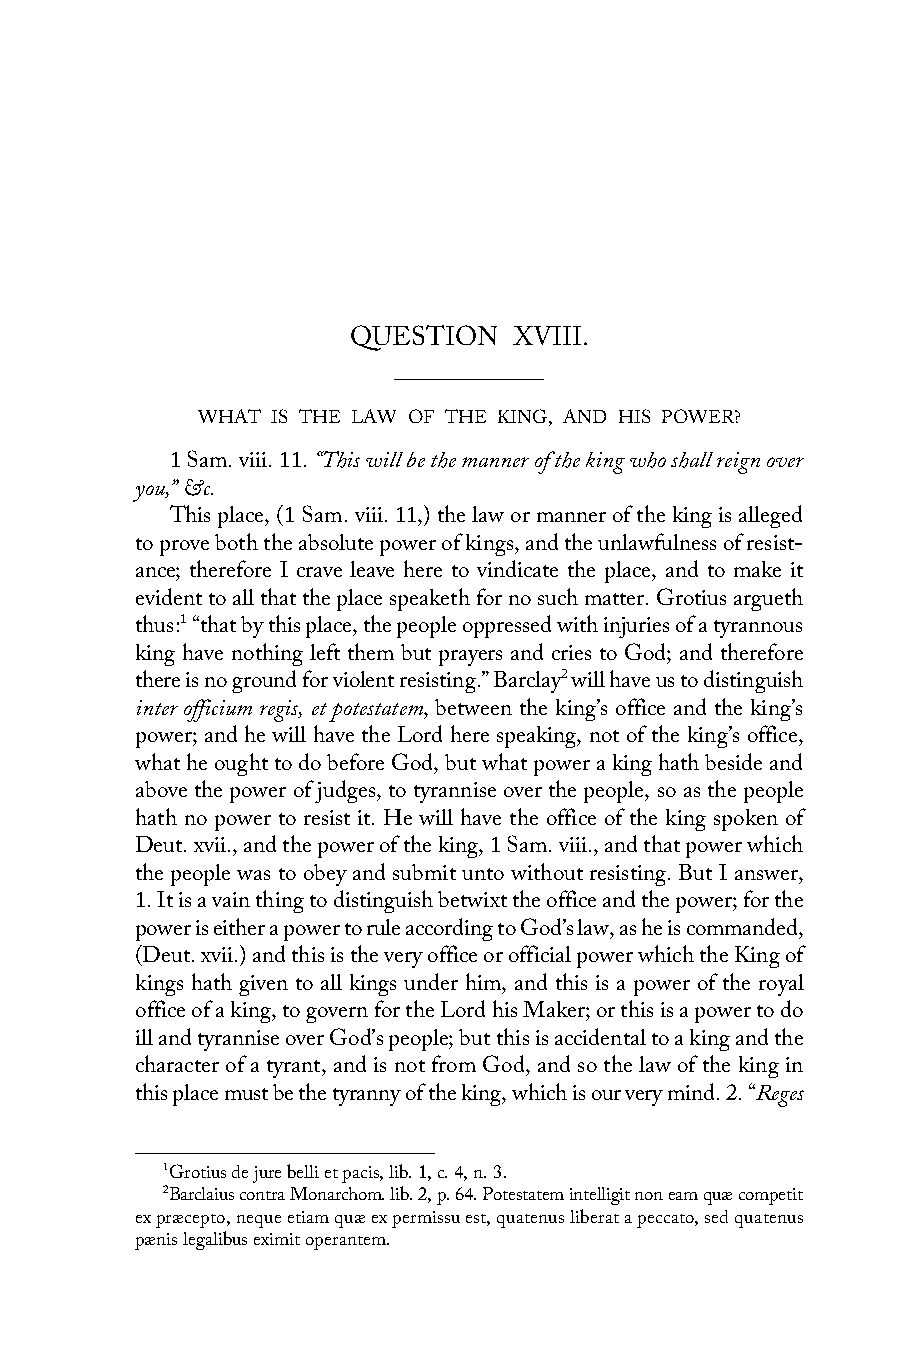
QUESTION   XVIII.
 WHAT IS THE LAW OF THE KING, AND HIS POWER?
 1 Sam. viii. 11. “This will be the manner of the king who shall reign over
 you,” &c.
 This place, (1 Sam. viii. 11,) the law or manner of the king is alleged
 to prove both the absolute power of kings, and the unlawfulness of resist-
 ance; therefore I crave leave here to vindicate the place, and to make it
 evident to all that the place speaketh for no such matter. Grotius argueth
 thus:1 “that by this place, the people oppressed with injuries of a tyrannous
 king have nothing left them but prayers and cries to God; and therefore
 there is no ground for violent resisting.” Barclay2 will have us to distinguish
 inter officium regis, et potestatem, between the king’s office and the king’s
 power; and he will have the Lord here speaking, not of the king’s office,
 what he ought to do before God, but what power a king hath beside and
 above the power of judges, to tyrannise over the people, so as the people
 hath no power to resist it. He will have the office of the king spoken of
 Deut. xvii., and the power of the king, 1 Sam. viii., and that power which
 the people was to obey and submit unto without resisting. But I answer,
 1. It is a vain thing to distinguish betwixt the office and the power; for the
 power is either a power to rule according to God’s law, as he is commanded,
 (Deut. xvii.) and this is the very office or official power which the King of
 kings hath given to all kings under him, and this is a power of the royal
 office of a king, to govern for the Lord his Maker; or this is a power to do
 ill and tyrannise over God’s people; but this is accidental to a king and the
 character of a tyrant, and is not from God, and so the law of the king in
 this place must be the tyranny of the king, which is our very mind. 2. “Reges
 1Grotius de jure belli et pacis, lib. 1, c. 4, n. 3.
 2Barclaius contra Monarchom. lib. 2, p. 64. Potestatem intelligit non eam quæ competit
 ex præcepto, neque etiam quæ ex permissu est, quatenus liberat a peccato, sed quatenus
 pænis legalibus eximit operantem.